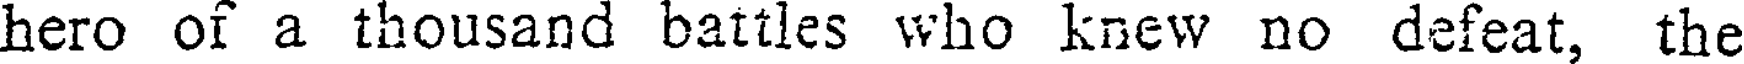
hero of a thousand battles who knew no defeat, the